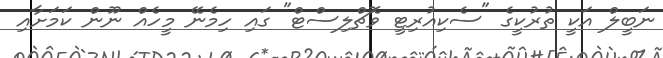
ނަބީލް އަކީ ތުރުކީގެ "ސެކިއުރިޓީ ވޮޗްލިސްޓް" ގައި ހިމެނޭ މީހެއް ނޫން ކަމަށާއި